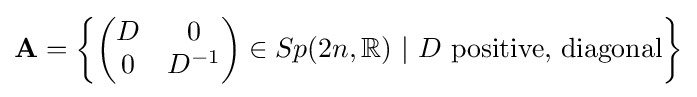
\mathbf {A} =\left\{{\begin{pmatrix}D&0\\0&D^{-1}\end{pmatrix}}\in Sp(2n,\mathbb {R} )\ |\ D{\text{ positive, diagonal}}\right\}